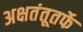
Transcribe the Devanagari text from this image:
अक्षतंतूतर्फे